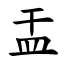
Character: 㿻